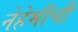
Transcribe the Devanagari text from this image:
नेहेमीची